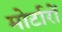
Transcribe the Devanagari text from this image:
मोर्टारों